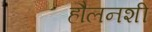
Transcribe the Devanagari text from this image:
हौलनशी